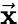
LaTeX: \vec{\mathbf x}